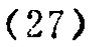
\((27)\)